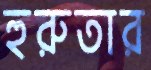
হুরুতার